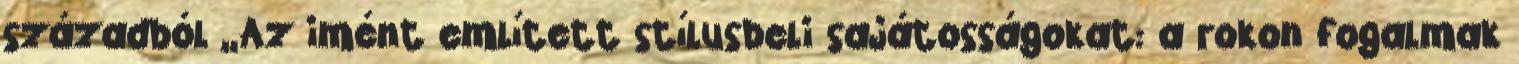
századból „Az imént említett stílusbeli sajátosságokat: a rokon fogalmak